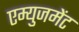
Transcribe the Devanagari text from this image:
एम्‍युजमेंट